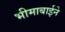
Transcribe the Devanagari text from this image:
भीमाबाईने